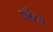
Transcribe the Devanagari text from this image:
पॉईंटचे